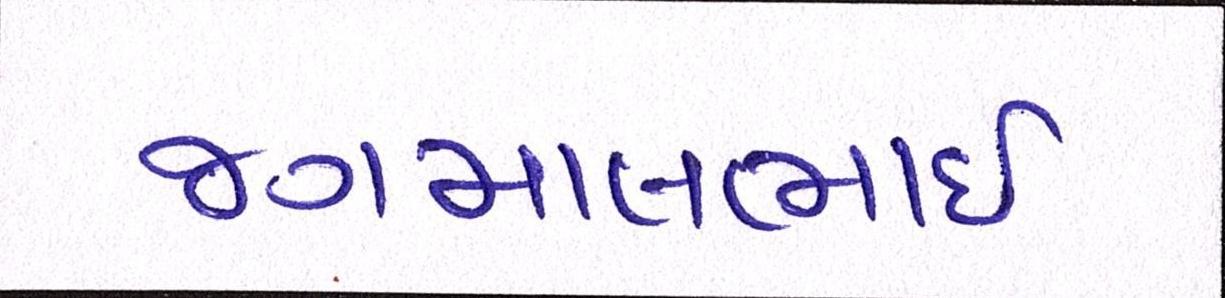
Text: જગમાલભાઇ